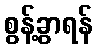
စွန့်ခွာရန်